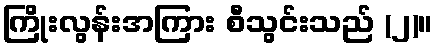
ကြိုးလွန်းအကြား စီသွင်းသည် (၂)။